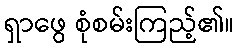
ရှာဖွေ စုံစမ်းကြည့်၏။